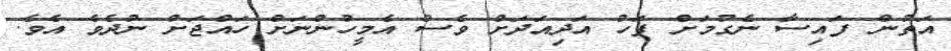
އަތުން ފައިސާ ނެގުމަށް ފަހު އަދިއަދަށް ވެސް އެމީހުންނަށް ހައްޖަށް ނުދެވެ އެވެ.